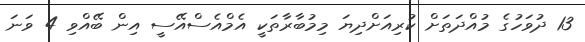
13 ދުވަހުގެ މުއްދަތަށް ކުރިއަށްދިޔަ މިމުބާރާތަކީ އެމްއެސްއޭސީ އިން ބޭއްވި 4 ވަނަ